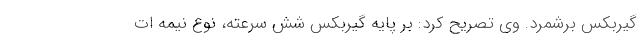
گیربکس برشمرد. وی تصریح کرد: بر پایه گیربکس شش سرعته، نوع نیمه ات